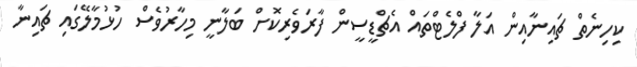
ކިހިނެތް ޗައިނާއިން އަލާ ފްލެޓްތައް އެޗްޑީސީން ފާރަވެރިކޮށް ބަލާނީ މިހާރުވެސް ހުޅުމާލޭގައި ޗައިނާ